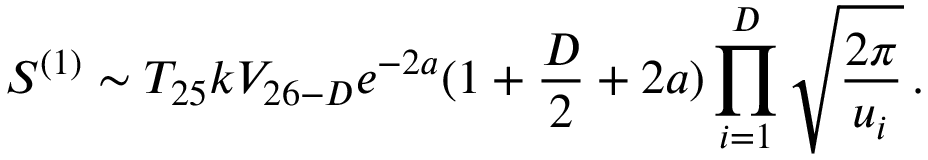
{ \cal S } ^ { ( 1 ) } \sim T _ { 2 5 } k V _ { 2 6 - D } e ^ { - 2 a } ( 1 + \frac { D } { 2 } + 2 a ) \prod _ { i = 1 } ^ { D } \sqrt { \frac { 2 \pi } { u _ { i } } } \, .